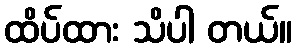
ထိပ်ထား သိပါ တယ်။